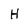
Character: H